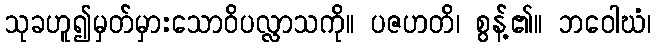
သုခဟူ၍မှတ်မှားသောဝိပလ္လာသကို။ ပဇဟတိ၊ စွန့်၏။ ဘဝေါဃံ၊